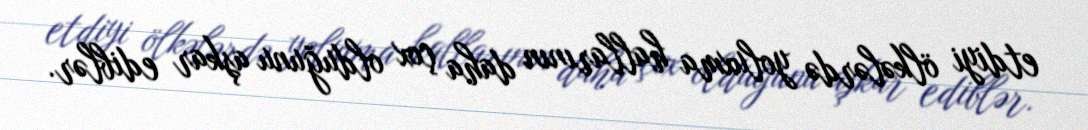
etdiyi ölkələrdə yoluxma hallarının daha çox olduğunu aşkar ediblər.